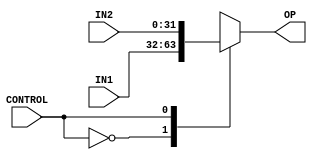
`timescale 1ns / 1ps
//////////////////////////////////////////////////////////////////////////////////
// Company: 
// 
// Design Name: 
// Module Name: 2-1_MUX_32bit
// Project Name: 
// Target Devices: 
// Tool Versions: 
// Description: 
// 
// Dependencies: 
// 
// Revision:
// Revision 0.01 - File Created
// Additional Comments:
// 
//////////////////////////////////////////////////////////////////////////////////


module MUX_2to1_32bit(
    input [31:0] IN1,
    input [31:0] IN2,
    output [31:0] OP,
    input CONTROL
    );
    
    reg [31:0] OP_REG;
    
    always@(*)
    begin
        case(CONTROL)
            1'b0: OP_REG = IN1;
            1'b1: OP_REG = IN2;
        endcase
    end
    
    assign OP = OP_REG;
endmodule

/*module MUX_4to1_32bit(
    input [31:0] IN1,
    input [31:0] IN2,
    input [31:0] IN3,
    input [31:0] IN4,
    output [31:0] OP,
    input [1:0] CONTROL
    );
    
    reg [31:0] OP_REG;
    
    always@(*)
    begin
        case(CONTROL)
            2'b00: OP_REG = IN1;
            2'b01: OP_REG = IN2;
            2'b10: OP_REG = IN3;
            2'b11: OP_REG = IN4;
        endcase
    end
    
    assign OP = OP_REG;
endmodule*/